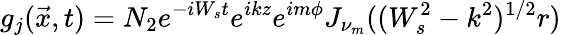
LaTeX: g_{j}(\vec{x},t)=N_{2}e^{-iW_{s}t}e^{ikz}e^{im\phi}J_{\nu_{m}}((W_{s}^{2}-k^{2})^{1/2}r)